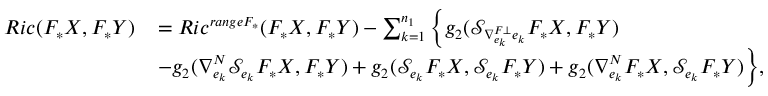
\small \begin{array} { l l } { R i c ( F _ { \ast } X , F _ { \ast } Y ) } & { = R i c ^ { r a n g e F _ { \ast } } ( F _ { \ast } X , F _ { \ast } Y ) - \sum _ { k = 1 } ^ { n _ { 1 } } \Big \{ g _ { 2 } ( \mathcal { S } _ { \nabla _ { e _ { k } } ^ { F \bot } e _ { k } } F _ { \ast } X , F _ { \ast } Y ) } \\ & { - g _ { 2 } ( \nabla _ { e _ { k } } ^ { N } \mathcal { S } _ { e _ { k } } F _ { \ast } X , F _ { \ast } Y ) + g _ { 2 } ( \mathcal { S } _ { e _ { k } } F _ { \ast } X , \mathcal { S } _ { e _ { k } } F _ { \ast } Y ) + g _ { 2 } ( \nabla _ { e _ { k } } ^ { N } F _ { \ast } X , \mathcal { S } _ { e _ { k } } F _ { \ast } Y ) \Big \} , } \end{array}